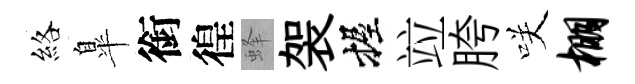
絡臯銜徨蜂袈握竝胯咲棚